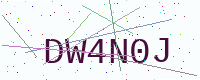
Text: DW4N0J